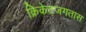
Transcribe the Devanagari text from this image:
क्रिकेटजगतास